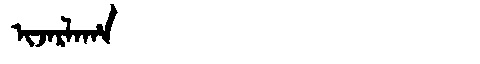
Manchu: ᡳᠵᠠᡵᠯᠠᡥᠠ
Romanization: IJARLAHA